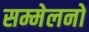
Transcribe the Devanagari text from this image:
सम्मेलनो